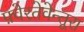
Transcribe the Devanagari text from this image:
फ़्वेरतेवेन्तूरा